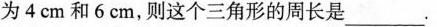
为4cm和6cm，则这个三角形的周长是____.